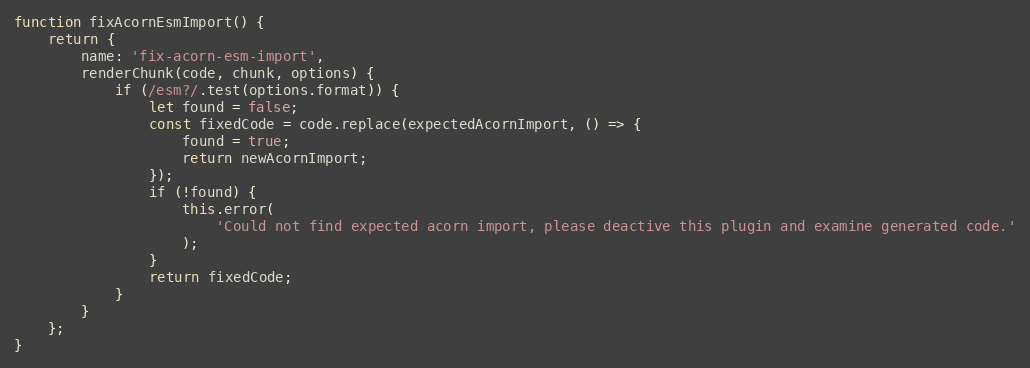
Language: JavaScript
function fixAcornEsmImport() {
	return {
		name: 'fix-acorn-esm-import',
		renderChunk(code, chunk, options) {
			if (/esm?/.test(options.format)) {
				let found = false;
				const fixedCode = code.replace(expectedAcornImport, () => {
					found = true;
					return newAcornImport;
				});
				if (!found) {
					this.error(
						'Could not find expected acorn import, please deactive this plugin and examine generated code.'
					);
				}
				return fixedCode;
			}
		}
	};
}